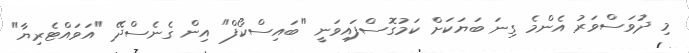
މި ދުވަސްވަރު އެންމެ ގިނަ ބަޔަކަށް ކަމުގޮސްފައިވަނީ "ބައިސްކޯފް" އިން ގެނެސްދޭ "އަވައްޓެރިޔާ"